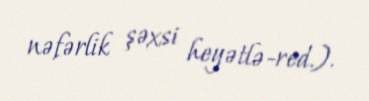
nəfərlik şəxsi heyətlə-red.).